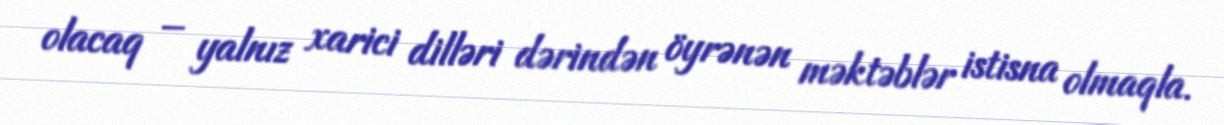
olacaq – yalnız xarici dilləri dərindən öyrənən məktəblər istisna olmaqla.